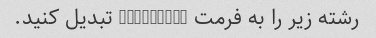
رشته زیر را به فرمت camelCase تبدیل کنید.